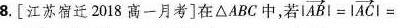
8. [江苏宿迁2018高一月考]在△ABC中，若 $$| \overrightarrow{AB}|=| \overrightarrow{AC}|=$$